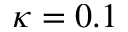
\kappa = 0 . 1